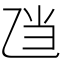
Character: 𱎄